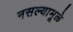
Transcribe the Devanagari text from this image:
नसल्यामूळे